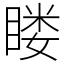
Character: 䁖